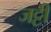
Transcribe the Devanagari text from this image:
जट्टी